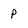
Character: p